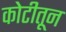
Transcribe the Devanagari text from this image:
कोटीतून